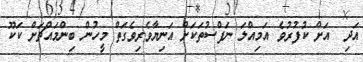
އަދި  އަށް ކުފުރުވެ އަމިއްލަ ނަފްސުތަކަށް އަނިޔާވެރިވެގަތް މީހުން ބިންމައްޗަށް ކަކޫ